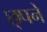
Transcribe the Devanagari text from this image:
छ्पने